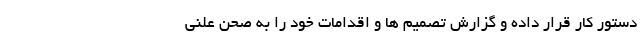
دستور کار قرار داده و گزارش تصمیم ها و اقدامات خود را به صحن علنی